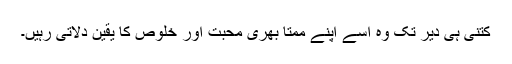
کتنی ہی دیر تک وہ اسے اپنے ممتا بھری محبت اور خلوص کا یقین دلاتی رہیں۔